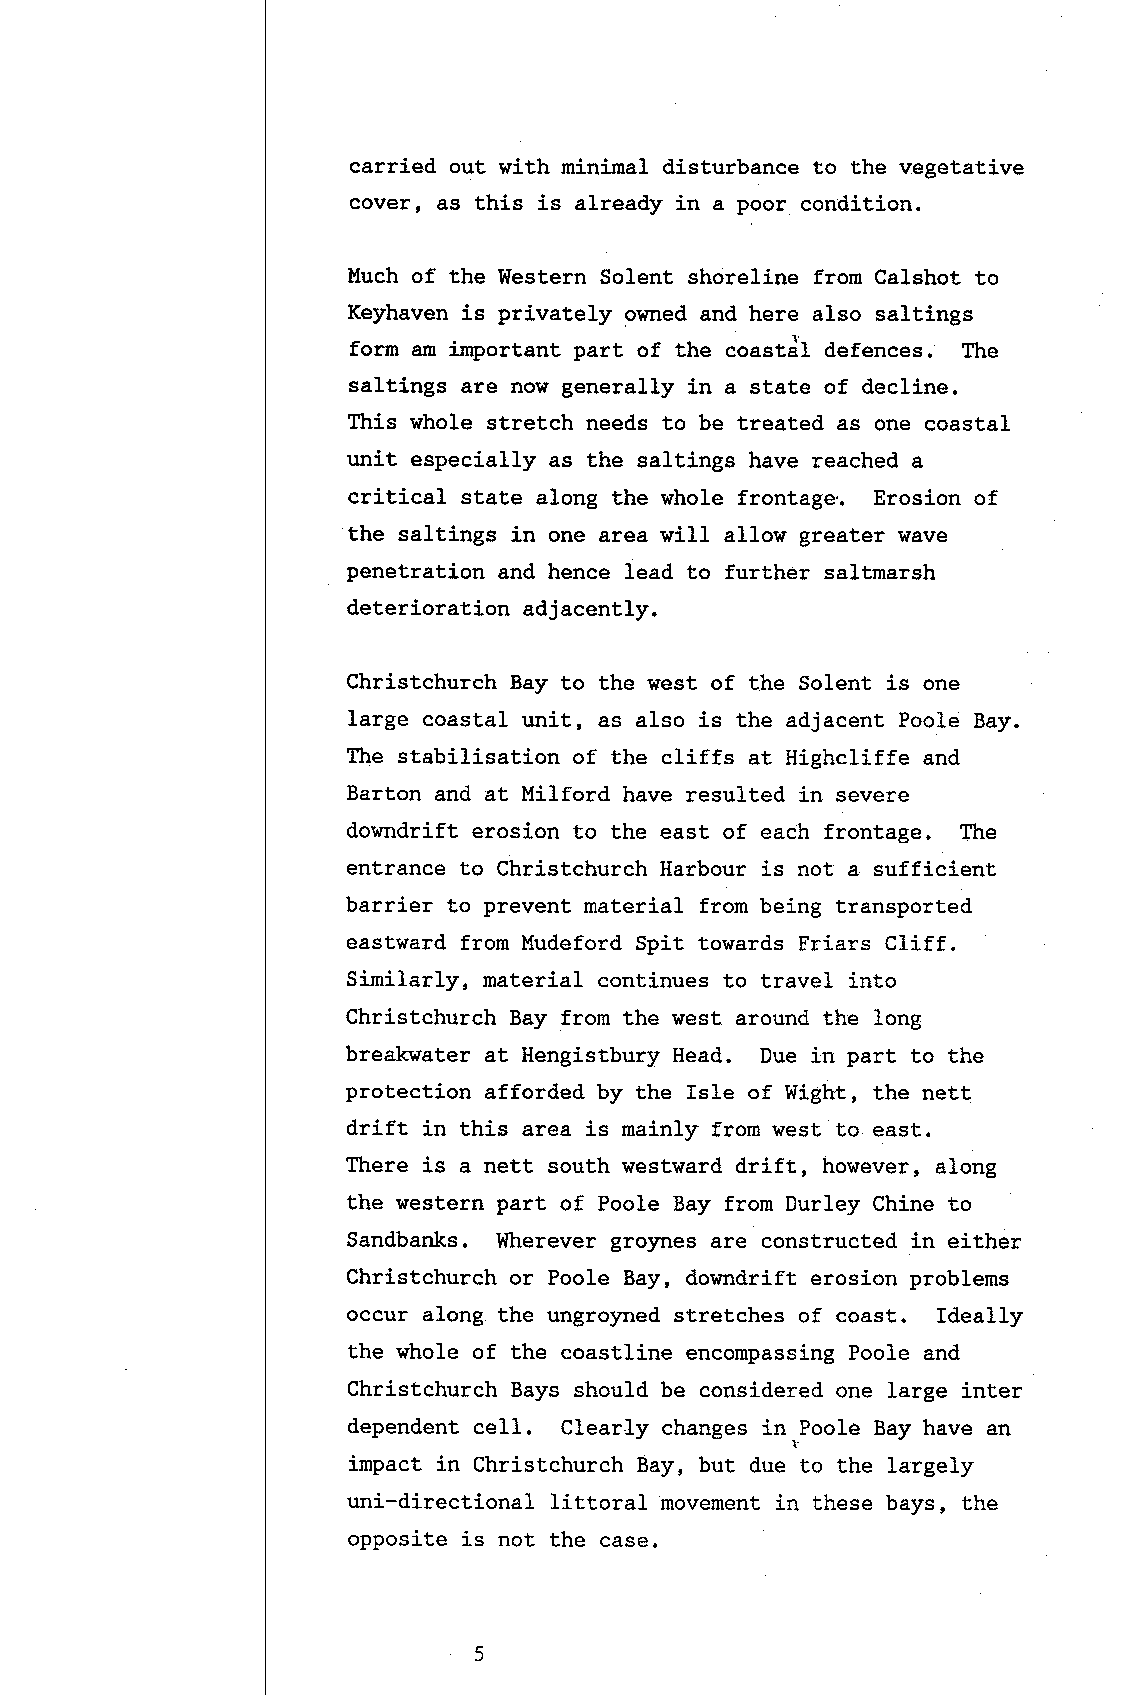
carried out with minimal disturbance to the vegetative
 eover, as this is already in a poor condition.
 Much of the Western Solent shoreline from Calshot to
 Keyhaven is privately owned and here also saltings
 form am important part of the coastdl defence". The
 saltings are now generally in a state of decline.
 This whole stretch needs to be treated as one coastal
 unit especially as the saltings have reached a
 critical state along the whole frontage.. Erosion of
 the saltings in one area will alIow greater wave
 penetration and hence lead to further saltmarsh
 deterioration adj acently.
 Christchurch Bay to the west of the Solent is one
 large coastal unit, as also is the adjacent Poole Bay.
 The stabilisation of the cliffs at Highcliffe and
 Barton and at Milford have resulted in severe
 downdrift erosion to the east of each frontage. The
 entrance to Christchurch Harbour is not a sufficient
 barrier to prevent material from being transported
 eastward from Mudeford Spit towards Friars C1iff.
 Similarly, material continues to travel into
 Christchurch Bay from the west around the long
 breakwater at Hengistbury Head. Due in part to the
 protection afforded by the Isle of Wight, the nett
 drift in this area is mainly from west to east.
 There is a nett south westward drift, however, along
 the western part of Poole Bay from Durley Chine to
 Sandbanks. Wherever gro)mes are constructed in either
 Christchurch or Poole Bay, downdrift erosion problems
 occur along the ungroyned stretches of coast. Ideally
 the whole of the coastline encompassing Poole and
 Christchurch Bays should be considered one large inter
 dependent ce1l. Clearly changes in"Poole Bay have an
 impact in Christchurch Bay, but due to the largely
 uni-directional littoral movement in these bays, the
 opposite is not the case.